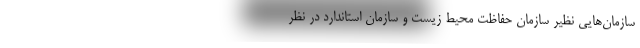
سازمان‌هایی نظیر سازمان حفاظت محیط زیست و سازمان استاندارد در نظر